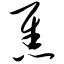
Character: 焦